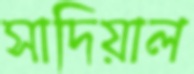
সাদিয়াল